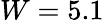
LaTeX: W=5.1